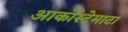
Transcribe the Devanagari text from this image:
आर्कोस्टेमाटा